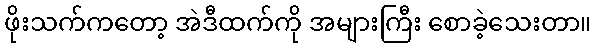
ဖိုးသက်ကတော့ အဲဒီထက်ကို အများကြီး စောခဲ့သေးတာ။